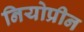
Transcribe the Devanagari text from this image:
नियोप्रीन